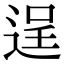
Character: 逞